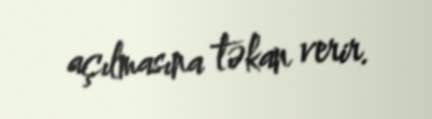
açılmasına təkan verir.